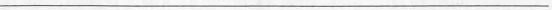
___